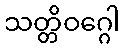
သတ္တိဝဂ္ဂေါ